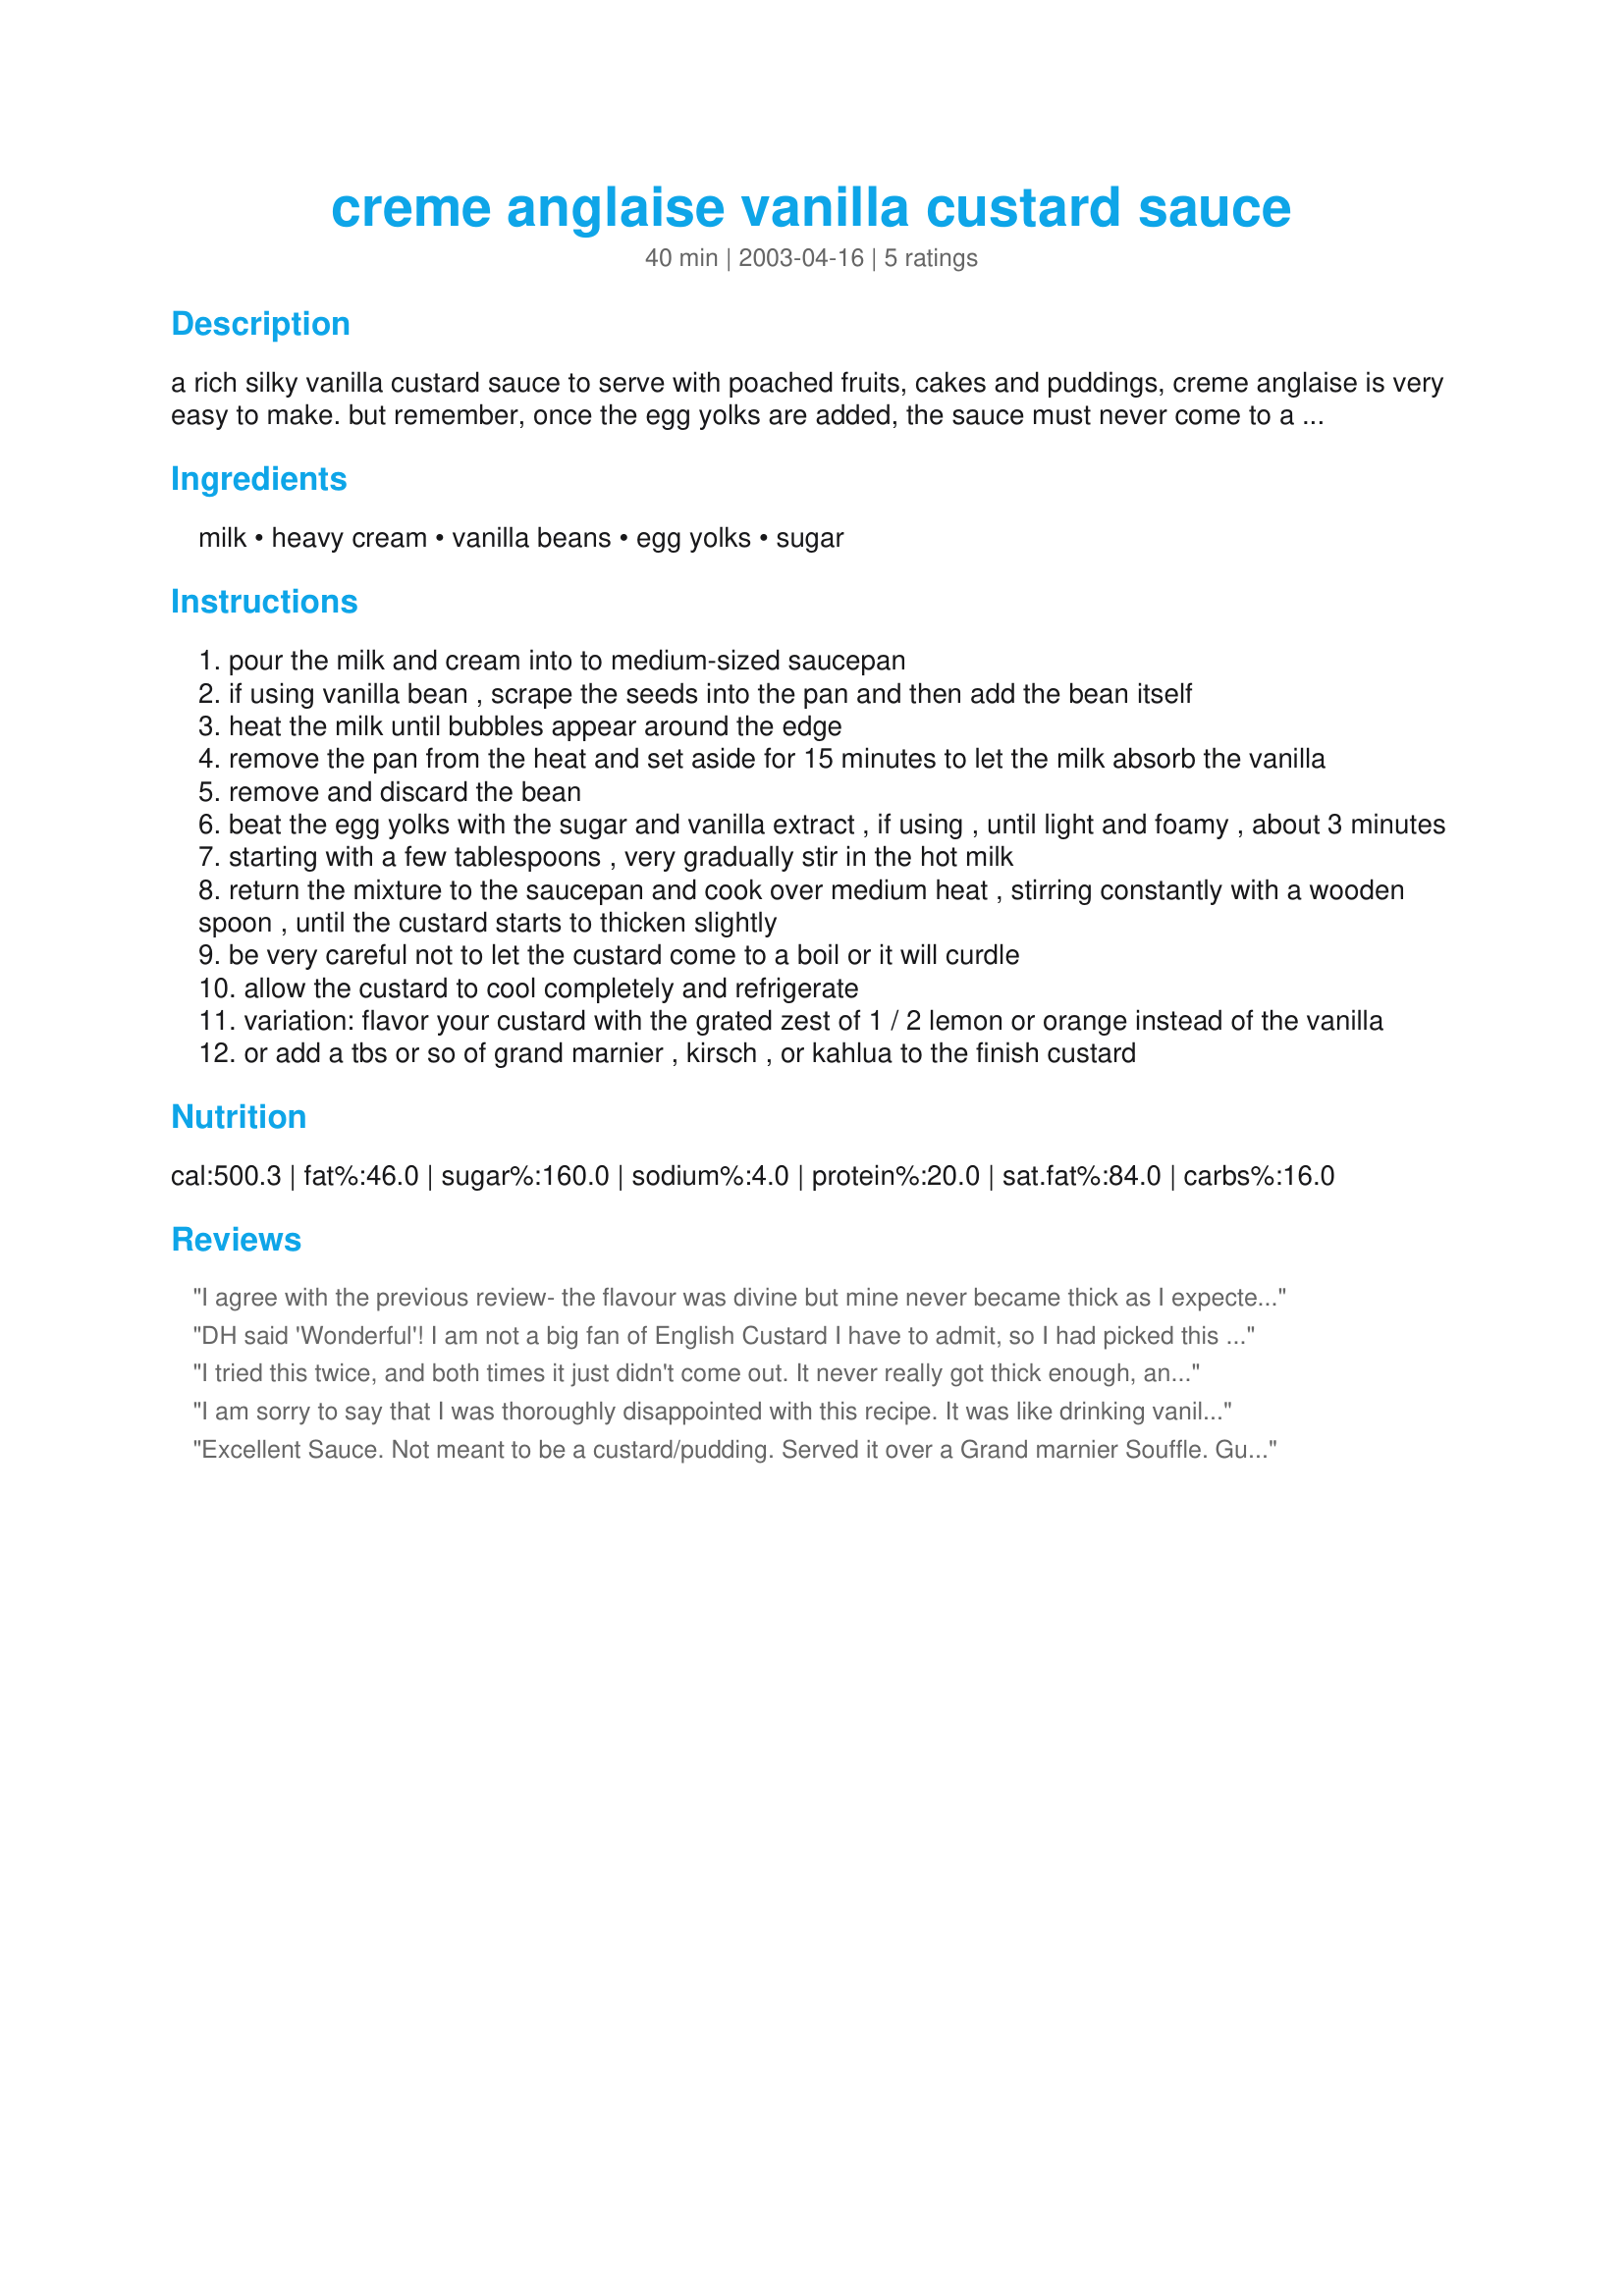
creme anglaise vanilla custard sauce
Preparation time: 40 minutes

a rich silky vanilla custard sauce to serve with poached fruits, cakes and puddings, creme anglaise is very easy to make. but remember, once the egg yolks are added, the sauce must never come to a boil or the eggs will curdle. it is useful to have on hand a large bowl filled with ice cubes into which you can plunge the saucepan and stop the cooking immediately.

Ingredients:
milk, heavy cream, vanilla beans, egg yolks, sugar

Steps:
pour the milk and cream into to medium-sized saucepan
if using vanilla bean , scrape the seeds into the pan and then add the bean itself
heat the milk until bubbles appear around the edge
remove the pan from the heat and set aside for 15 minutes to let the milk absorb the vanilla
remove and discard the bean
beat the egg yolks with the sugar and vanilla extract , if using , until light and foamy , about 3 minutes
starting with a few tablespoons , very gradually stir in the hot milk
return the mixture to the saucepan and cook over medium heat , stirring constantly with a wooden spoon , until the custard starts to thicken slightly
be very careful not to let the custard come to a boil or it will curdle
allow the custard to cool completely and refrigerate
variation: flavor your custard with the grated zest of 1 / 2 lemon or orange instead of the vanilla
or add a tbs or so of grand marnier , kirsch , or kahlua to the finish custard

Reviews:
I agree with the previous review- the flavour was divine but mine never became thick as I expected it to. A lovely creamy sauce but not quite a custard. Worth making again though!
DH said 'Wonderful'! I am not a big fan of English Custard I have to admit, so I had picked this recipe for him! And he did not hesitate in finishing off my share as well (so, this is his rating)! Made minor changes though since I was making it for trifle pudding. I used 1 1/2 cups of double cream and 1/2 cup milk as I wanted to make it richer, used 3 egg yolks instead of 4 (realised I only had 3 eggs after I started off with the cream and milk :oops:), reduced the sugar just a bit and used 1 whole vanilla pod. Oh a tip, if the custard does curdle, take it off heat, add 1 tsp cornflour and give it a good whisk, it will turn smooth and creamy again and won't change the taste. Thank you for sharing your recipe.
I tried this twice, and both times it just didn't come out. It never really got thick enough, and I was bringing it up to temperature without a boil. However, I did like the flavor and maybe next time I try it will mix in some cornstarch to thicken it a bit. LA :-)
I am sorry to say that I was thoroughly disappointed with this recipe. It was like drinking vanilla ice cream base. It should have set up but it did not and the taste I am sorry to say was quite like a cheap vanilla ice cream. I do not recommend this recipe.
Excellent Sauce. Not meant to be a custard/pudding. Served it over a Grand marnier Souffle. Guests gave it rave reviews!!!!!
